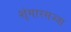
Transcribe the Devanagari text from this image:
शृंगारसज्जा